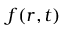
f ( r , t )